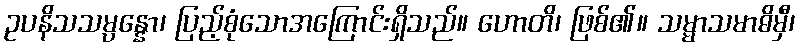
ဥပနိသသမ္ပန္နော၊ ပြည့်စုံသောအကြောင်းရှိသည်။ ဟောတိ၊ ဖြစ်၏။ သမ္မာသမာဓိမှီ၊